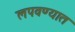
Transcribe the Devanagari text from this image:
लपवण्यात